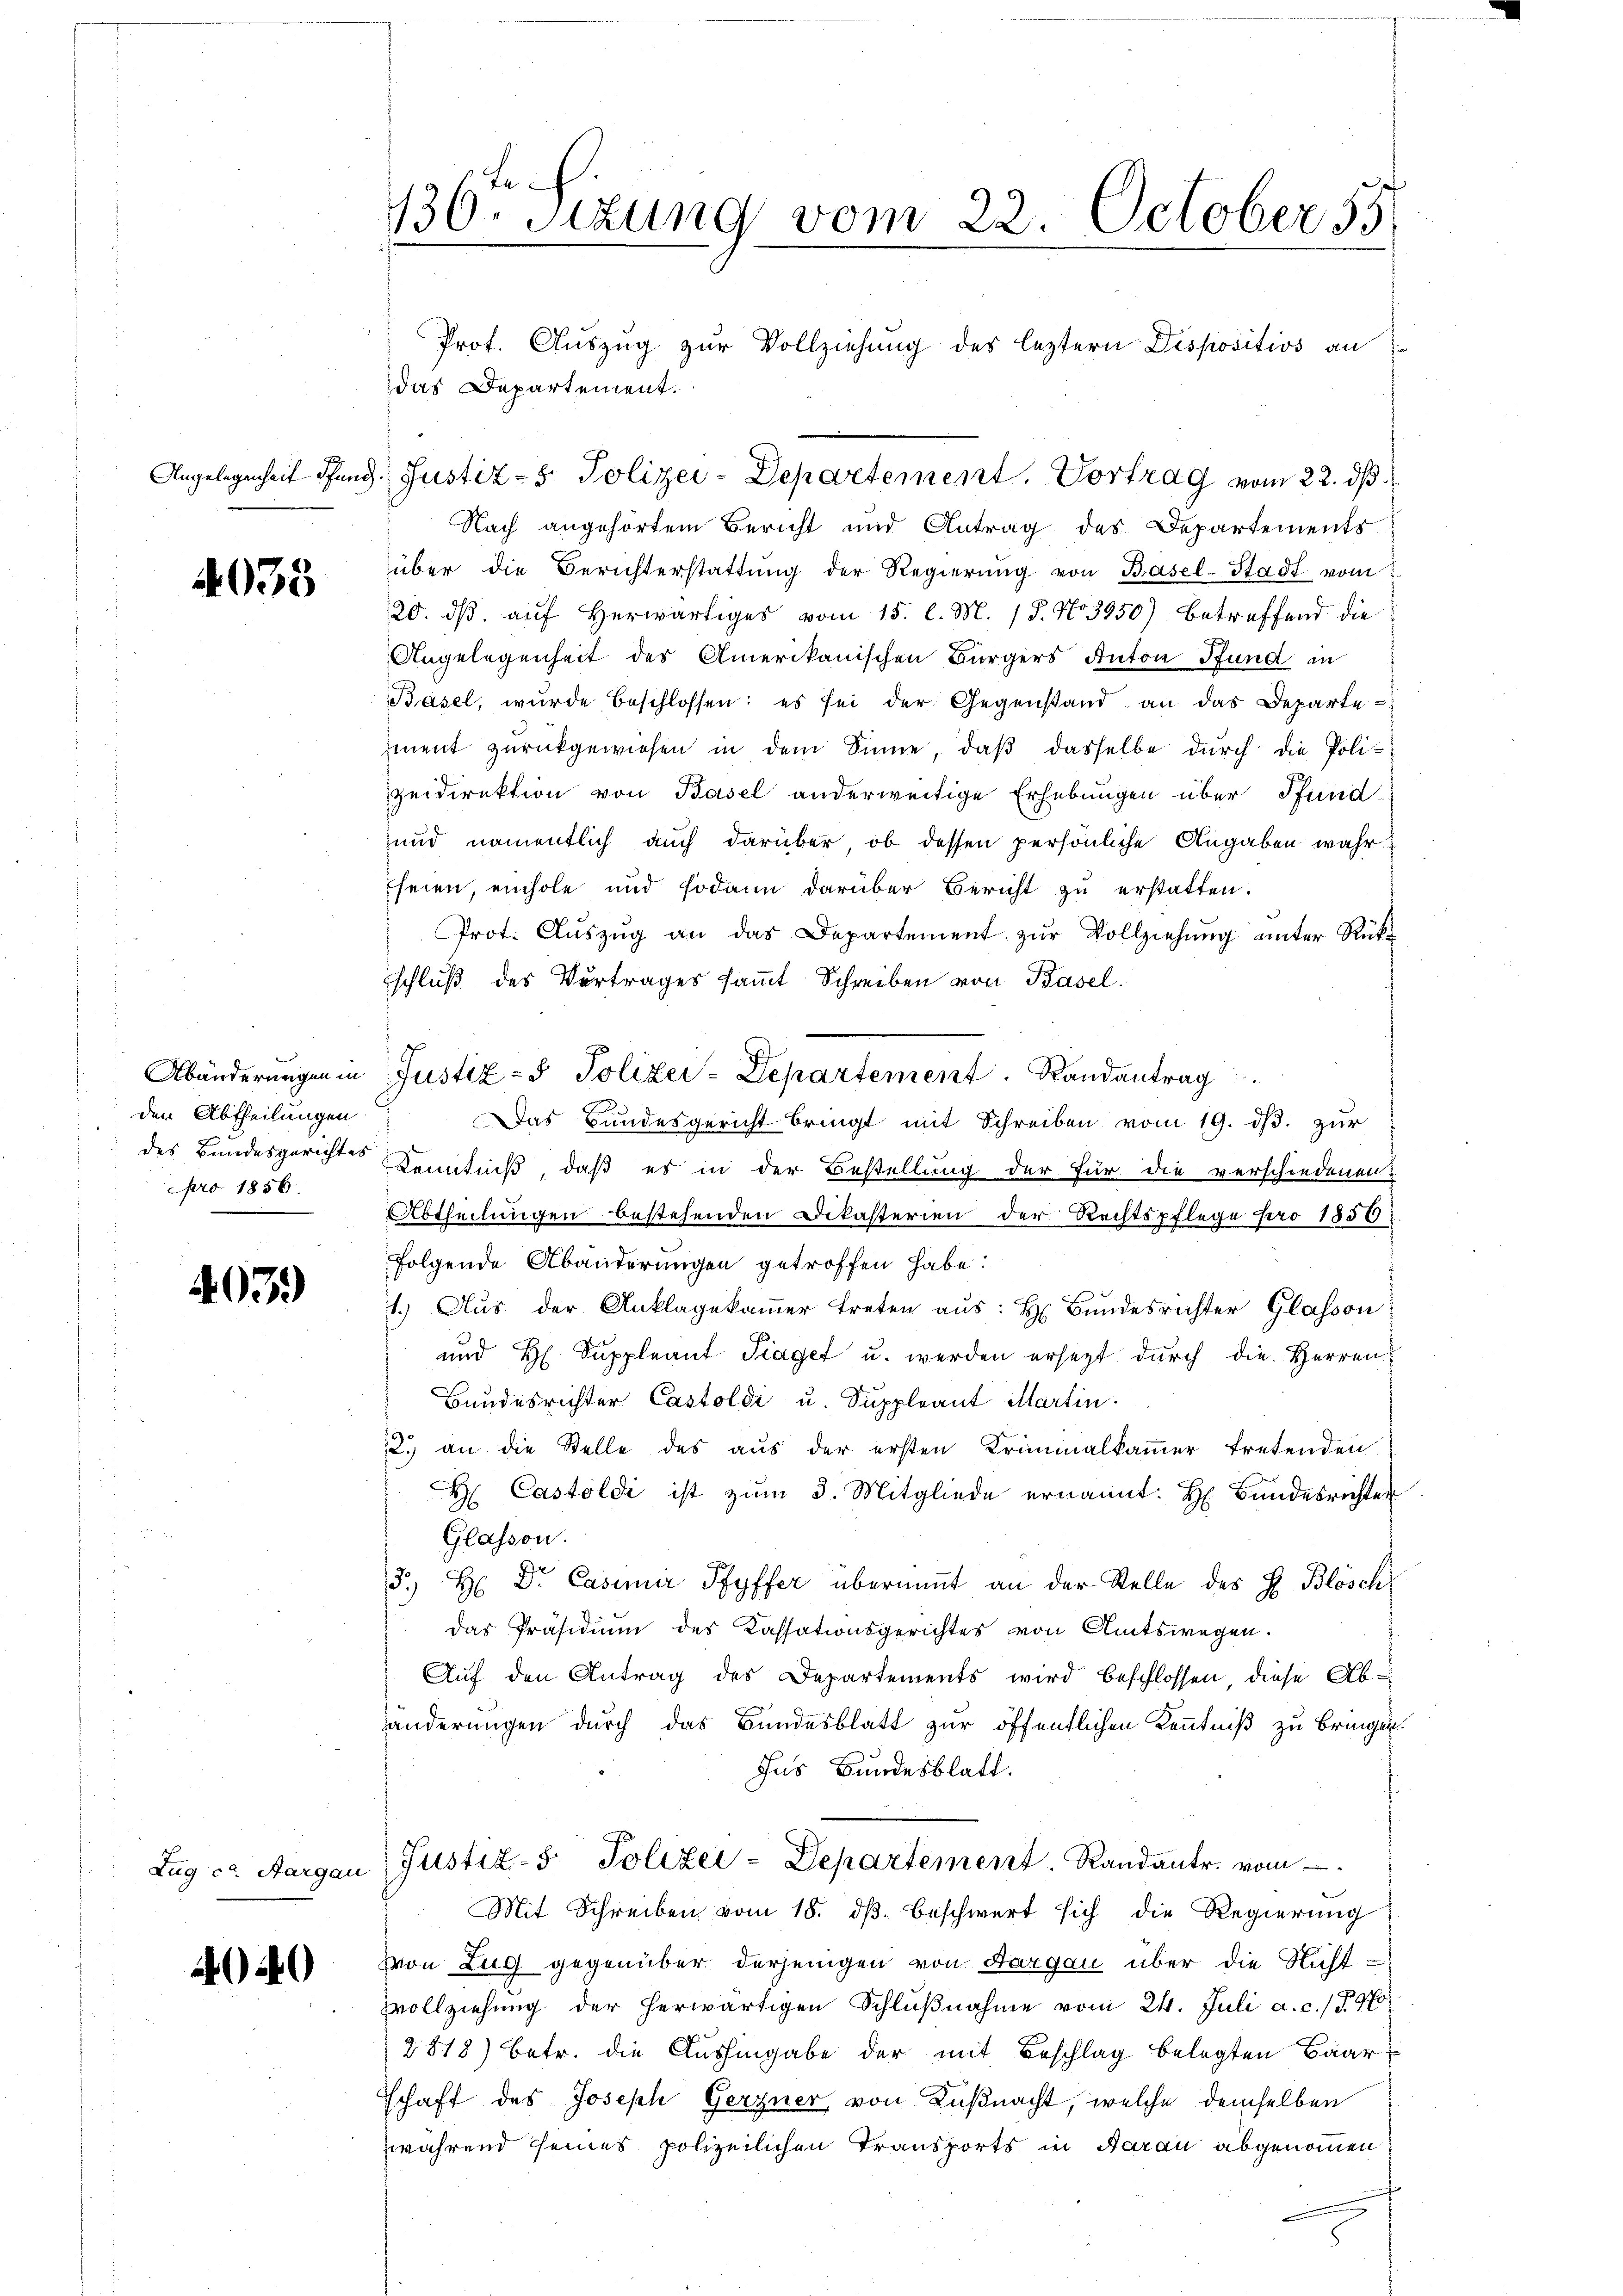
4035

den Abtheilungen
pro 1856

403.)

440

136 Sizung vom 22. October 55

das Departement.
Angelegenheit Pfand. Justiz- & Polizei-Departement. Vortrag vom 22. dβ
Nach angehörtem Bericht und Antrag des Departements
über die Berichterstattŭng der Regierŭng von Basel-Stadt vom
20. ds. auf Herwärtiges vom 15. l. M. 18. No. 3950) betreffend die
Angelegenheit des Amerikanischen Bürgers Anton Pfund in
Basel, wurde beschlossen: es sei der Gegenstand an das Departe
ment zurückgewiesen in dem Sinne, daß dasselbe durch die Polizeidirektion von Basel anderweitige Erhebungen über Pfund
und namentlich auch darüber, ob dessen persönliche Angaben wahr¬
Eheien, einhole und sodann darüber Bericht zu erstatten.
Prot. Aŭszŭg an das Departement zŭr Vollziehŭng ŭnter Rük
schluß des Vertrages samt Schreiben von Basel.
Das Bundesgericht bringt mit Schreiben vom 19. dβ. zur
des Bundesgerichtes Kenntniß, daß es in der Bestellung der für die verschiedenen
Abtheilungen bestehenden Dikasterien der Rechtspflege pro 1857:
folgende Abänderungen getroffen habe.
1.) Aus der Anklagekammer treten aus: H. Bundesrichter Glasson
und H. Suppleant Traget u. werden ersetzt durch die Herren
Bundesrichter Castoldi u. Suppleant Martin.
2.) an die Stelle des aus der ersten Kriminalkammer tretenden
H. Castoldi ist zum 3. Mitgliede ernannt: H. Bundesrichter
Glassen.
3.) H Dr. Casimir Pfyffer übernant an der Stelle des H. Blösch
das Präsidium des Kassationsgerichtes von Amtswegen.
Auf den Antrag des Departements wird beschlossen, diese Abänderungen durch das Bundesblatt zur öffentlichen Kenntniß zu bringen.
Ins Bundesblatt.
Zug ca. Aargau Justiz- & Polizei-Departement. Randantr. vom
Mit Schreiben vom 18. dβ beschwert sich die Regierung
von Zug gegenüber derjenigen von Aargau über die Nicht-
Vollziehung der herwärtigen Schlußnahme vom 24. Juli a. c. 17. No
2818) betr. die Aushingabe der mit Beschlag belegten Baarschaft des Joseph Gerzner, von Küßnacht, welche demselben
während seines polizeilichen Transports in Aarau abgenommen

Prot. Auszug zur Vollziehung des leztern Dispositivs an

Abänderungen in Justiz- & Polizei-Departement. Randantrag